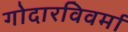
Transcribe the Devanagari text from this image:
गोदारविवर्मा